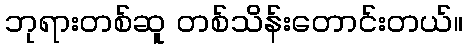
ဘုရားတစ်ဆူ တစ်သိန်းတောင်းတယ်။